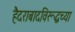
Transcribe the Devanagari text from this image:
हैदराबादविरूद्धच्या